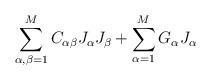
LaTeX: \begin{align*}\sum^M_{\alpha, \beta = 1} C_{\alpha\beta} J_{\alpha} J_{\beta} + \sum^M_{\alpha = 1}G_{\alpha} J_{\alpha}\end{align*}